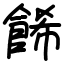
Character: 餙